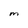
Character: M